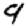
Digit: 9